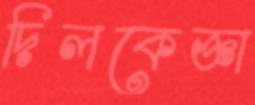
দিলকেজ্ঞা